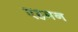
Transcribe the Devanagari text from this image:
एहमन